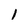
Character: 1